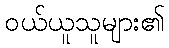
ဝယ်ယူသူများ၏